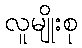
လူမျိုးစု